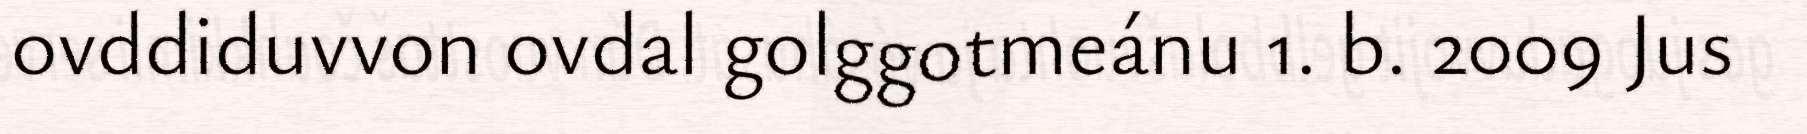
ovddiduvvon ovdal golggotmeánu 1. b. 2009 Jus